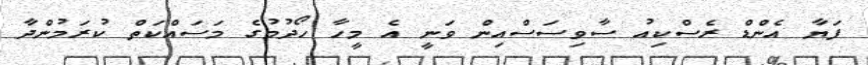
ފަޔާ އެންޑް ރެސްކިއު ސާވިސަސްއިން ވަނީ އެ މީހާ ހޯދުމުގެ މަސައްކަތް ކުރަމުންދާ